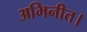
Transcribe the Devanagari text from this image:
अभिनीत।